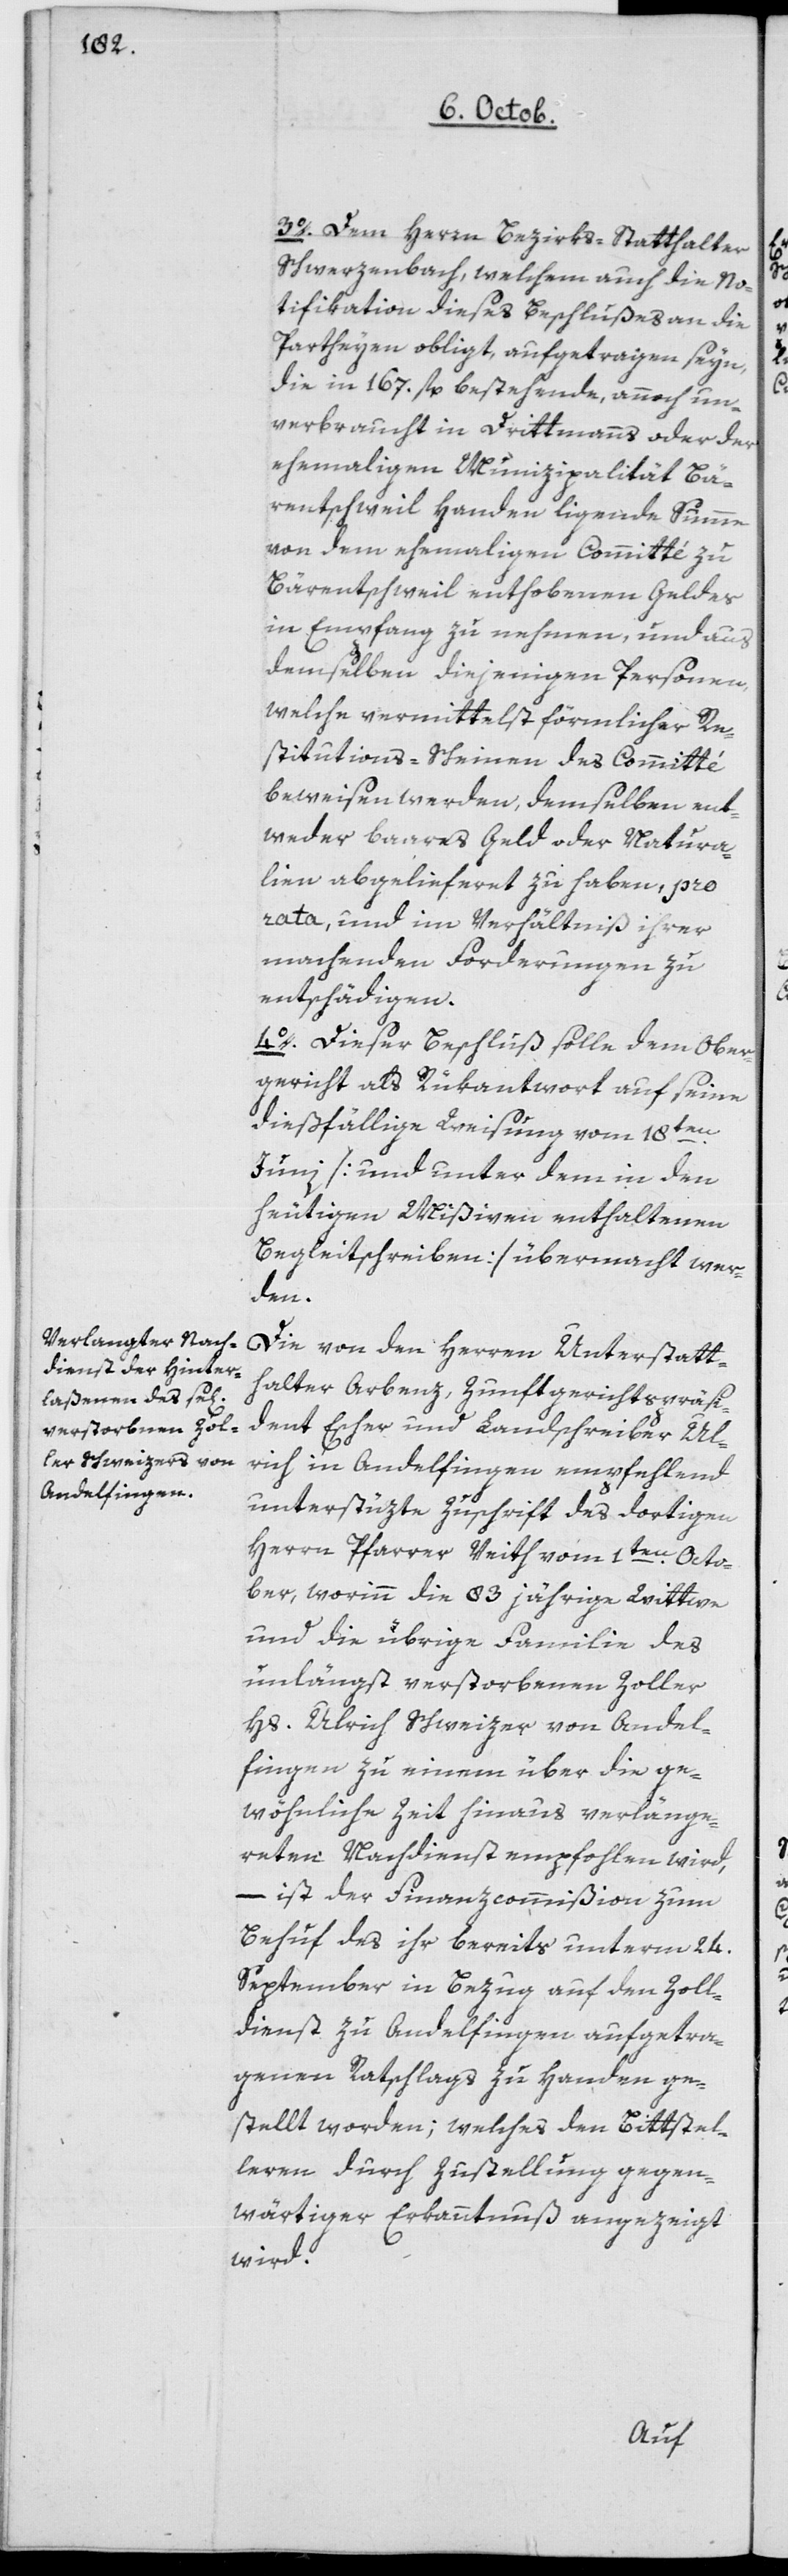
3o dem Herrn Bezirksstatthalter
Schwerzenbach, welchem auch die No¬
tifikation dieses Beschlußes an die
Partheyen obliegt, aufgetragen seyn,
die in 167 fl. bestehende, annoch un¬
verbraucht in Drittmanns oder der
ehemaligen Munizipalität Bä¬
rentschweil Handen liegende Summe
von dem ehemaligen Comitté zu
Bärentschweil enthobenen Gelder
in Empfang zu nehmen, und aus
demselben diejenigen Personen,
welche vermittelst förmlicher Re¬
stitutions-Scheinen des Comittée
beweisen werden, demselben ent¬
weder baares Geld oder Natura¬
lien abgelieferet zu haben, pro
rata und im Verhältniß ihrer
machenden Forderungen zu
entschädigen.
4o Dieser Beschluß solle dem Ober¬
gericht als Rükantwort auf seine
dießfällige Weisung vom 18ten
Juni [und unter dem in den
heutigen Mißiven enthaltenen
Begleitschreiben] übermacht wer¬
den.
Die von den Herren Unterstatt¬
halter Arbenz, Zunftgerichtspräsi¬
dent Escher und Landschreiber Ul¬
rich in Andelfingen empfehlend
unterstüzte Zuschrift des dortigen
Herrn Pfarrer Veith vom 1ten Octo¬
ber, worinn die 83jährige Wittwe
und die übrige Familie des
unlängst verstorbenen Zoller
Hs. Ulrich Schweizer von Andel¬
fingen, zu einem über die ge¬
wöhnliche Zeit hinaus verlänge¬
reten Nachdienst empfohlen wird,
– ist der Finanzcommißion zum
Behuf des ihr bereits unterm 24.
September in Bezug auf den Zoll¬
dienst zu Andelfingen aufgetra¬
genen Ratschlags zu Handen ge¬
stellt worden; welches den Bittstel¬
leren durch Zustellung gegen¬
wärtiger Erkanntnuß angezeigt
wird.